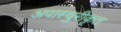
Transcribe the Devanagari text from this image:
अपास्चुरीकृत